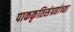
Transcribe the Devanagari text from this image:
पाककृतिसंग्रहांच्या